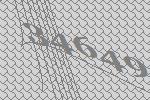
34649